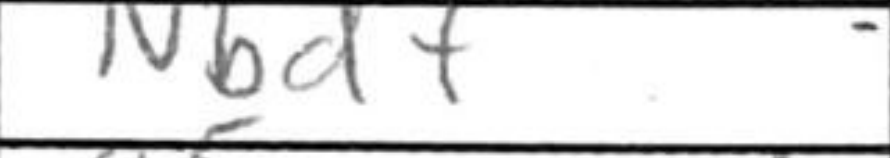
Transcription: Nbd7